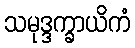
သမုဒ္ဒက္ခာယိကံ